Annual report of the Punjab Veterinary College and of the Civil Veterinary Department, Punjab - 1920-1925
Year: 1920
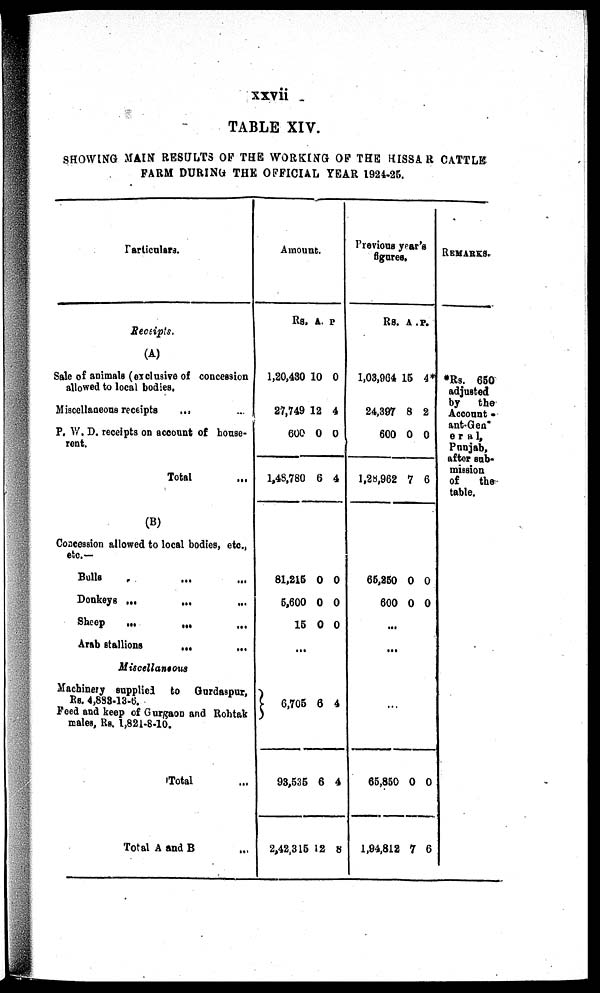
xxvii
TABLE XIV.
SHOWING MAIN RESULTS OF THE WORKING OF THE HISSAR CATTLE
FARM DURING THE OFFICIAL YEAR 1924-25.
Particulars.
Receipts.
(A)
Sale of animals (exclusive of concession
allowed to local bodies.
Miscellaneous receipts
... ...
P. W. D. receipts on account of house-
rent.
Total ...
(B)
Concession allowed to local bodies, etc.,
etc.—
Bulls ... ... ...
Donkeys ...
...
...
Sheep
...
...
...
Arab stallions
... ...
Miscellaneous
Machinery supplied to Gurdaspur,
Rs. 4,838-13-6.
Feed and keep of Gurgaon and Rohtak
males, Rs. 1,821-8-10.
Total ...
Total A and B ...
Amount.
Rs. A. P.
1,20,430
27,749
600
1,48,780
10
12
0
6
0
4
0
4
81,215
5,600
15
0
0
0
0
0
0
...
6,705
93,535
2,42,315
6
6
12
4
4
8
Previous year's
figures.
Rs. A . P.
1,03,964
24,307
600
1,28,962
15
8
0
7
4*
2
0
6
65,250
600
0
0
0
0
...
...
...
65,850
1,94,812
0
7
0
6
REMARKS.
*Rs. 650
adjusted
by
the
Account
ant-Gen"
eral,
Punjab,
after sub-
mission
of
the
table.